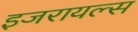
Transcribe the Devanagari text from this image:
इजरायल्स